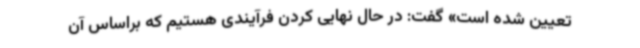
تعیین شده است» گفت: در حال نهایی کردن فرآیندی هستیم که براساس آن